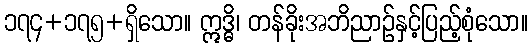
၁၇၄+၁၇၅+ရှိသော။ ဣဒ္ဓိ၊ တန်ခိုးအဘိညာဉ်နှင့်ပြည့်စုံသော။